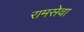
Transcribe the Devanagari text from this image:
रामसेवा